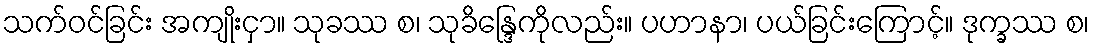
သက်ဝင်ခြင်း အကျိုးငှာ။ သုခဿ စ၊ သုခိန္ဒြေကိုလည်း။ ပဟာနာ၊ ပယ်ခြင်းကြောင့်။ ဒုက္ခဿ စ၊